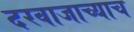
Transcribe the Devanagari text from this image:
दरवाजाच्याच